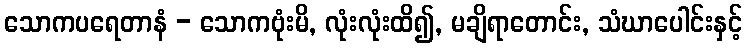
သောကပရေတာနံ - သောကဗုံးမိ, လုံးလုံးထိ၍, မချိရာတောင်း, သံဃာပေါင်းနှင့်